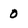
Character: 0